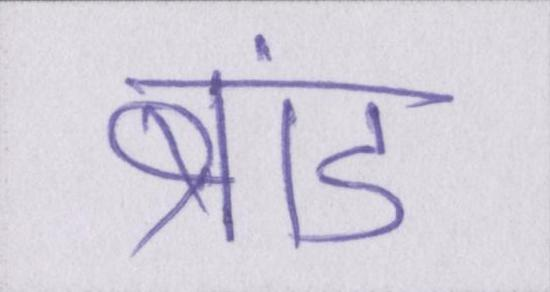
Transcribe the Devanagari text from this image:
ब्रांड